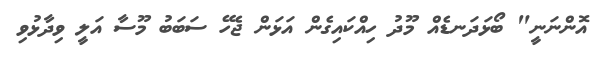
އޮންނަނީ" ބޯޅަދަނޑެއް މޫދު ހިއްކައިގެން އަޅަން ޖެހޭ ސަބަބު މޫސާ އަލީ ވިދާޅުވި